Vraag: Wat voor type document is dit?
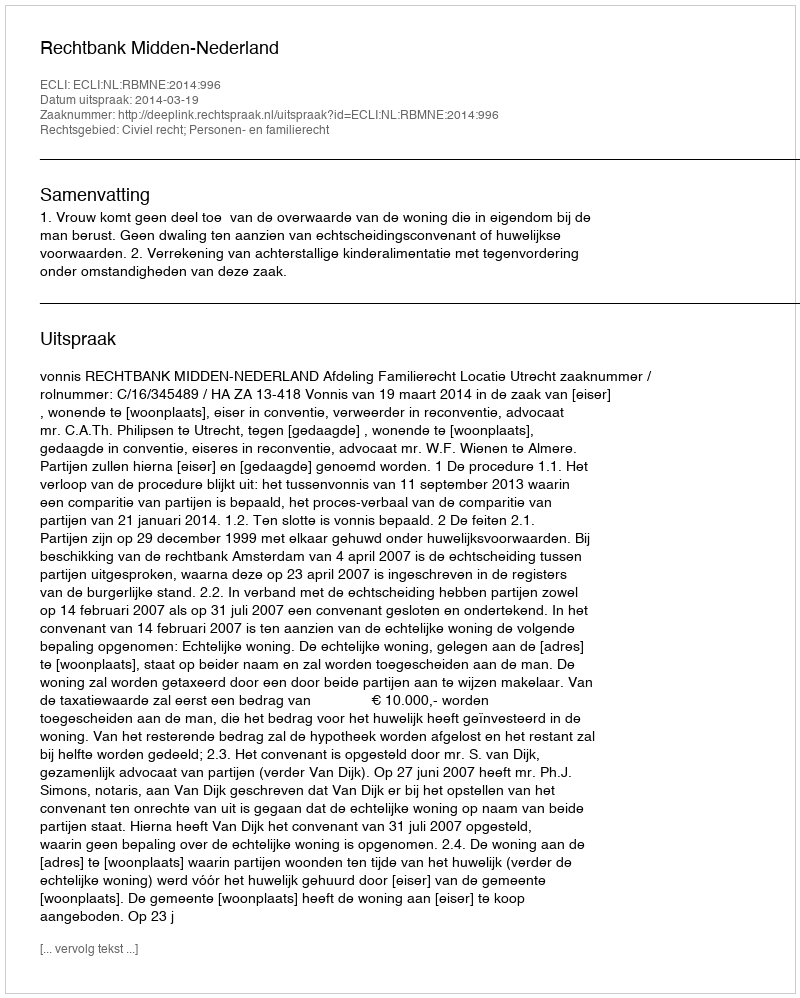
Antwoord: Uitspraak